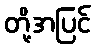
တို့အပြင်